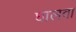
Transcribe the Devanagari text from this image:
घालवा